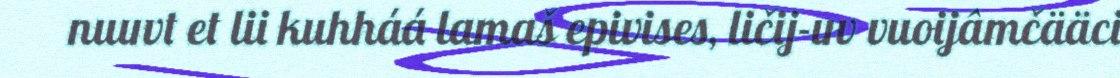
nuuvt et lii kuhháá lamaš epivises, ličij-uv vuoijâmčääci